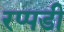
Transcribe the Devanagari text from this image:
रप्पडी